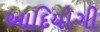
આદિયોગી